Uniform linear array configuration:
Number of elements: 48
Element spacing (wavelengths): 0.25
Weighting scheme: kaiser
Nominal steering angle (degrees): -15
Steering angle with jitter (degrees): -14.341
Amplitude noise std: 0.05
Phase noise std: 0.05

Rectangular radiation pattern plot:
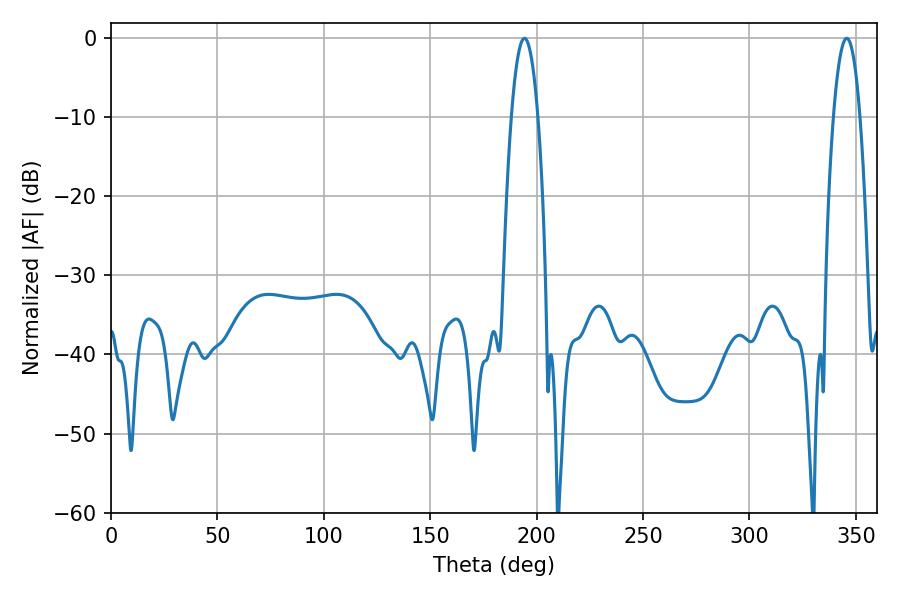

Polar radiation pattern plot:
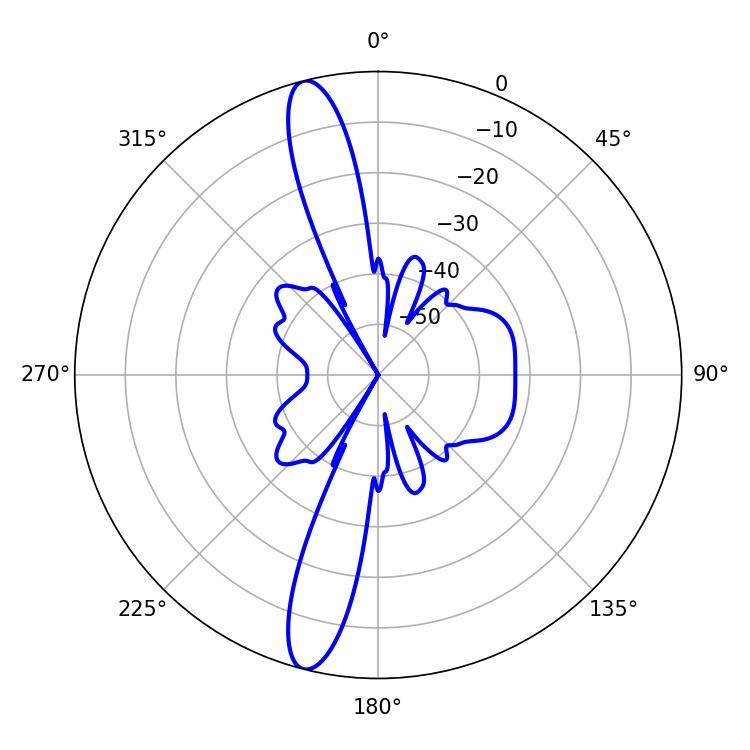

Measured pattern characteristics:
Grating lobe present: FALSE
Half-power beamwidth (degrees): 7.02
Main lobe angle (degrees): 194.22